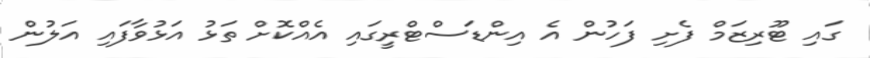
ގައި ޓޫރިޒަމް ފެށި ފަހުން އެ އިންޑަސްޓްރީގައި އެއްކޮށް ތަޅު އަޅުވާފައި އަލުން